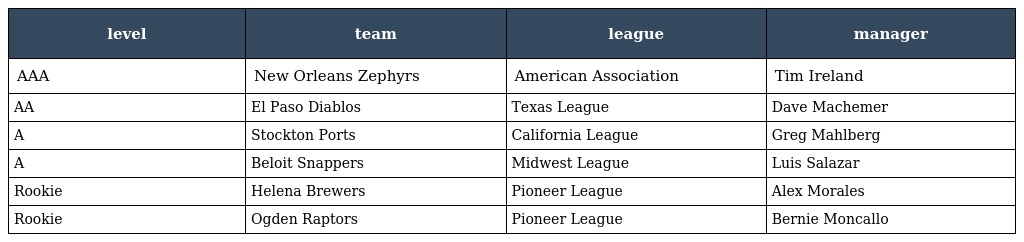
| level | team | league | manager |
 | --- | --- | --- | --- |
 | AAA | New Orleans Zephyrs | American Association | Tim Ireland |
 | AA | El Paso Diablos | Texas League | Dave Machemer |
 | A | Stockton Ports | California League | Greg Mahlberg |
 | A | Beloit Snappers | Midwest League | Luis Salazar |
 | Rookie | Helena Brewers | Pioneer League | Alex Morales |
 | Rookie | Ogden Raptors | Pioneer League | Bernie Moncallo |